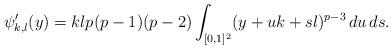
LaTeX: \begin{align*}\psi'_{k,l}(y)= klp(p-1)(p-2) \int_{[0,1]^2} (y+uk+sl)^{p-3}\,du\,ds.\end{align*}